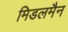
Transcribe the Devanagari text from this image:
मिडलमैन